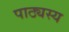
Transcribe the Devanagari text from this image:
पाठ्यस्य